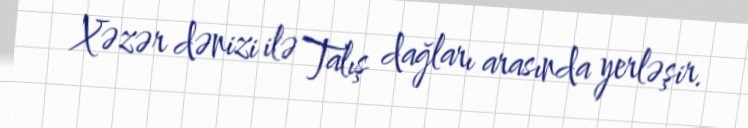
Xəzər dənizi ilə Talış dağları arasında yerləşir.